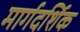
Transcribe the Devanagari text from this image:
मार्गदर्शिक